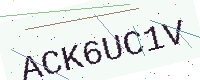
Text: ACK6UC1V